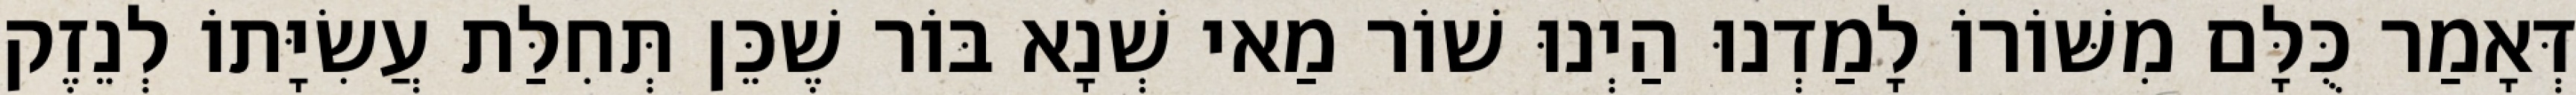
דְּאָמַר כֻּלָּם מִשּׁוֹרוֹ לָמַדְנוּ הַיְנוּ שׁוֹר מַאי שְׁנָא בּוֹר שֶׁכֵּן תְּחִלַּת עֲשִׂיָּתוֹ לְנֵזֶק